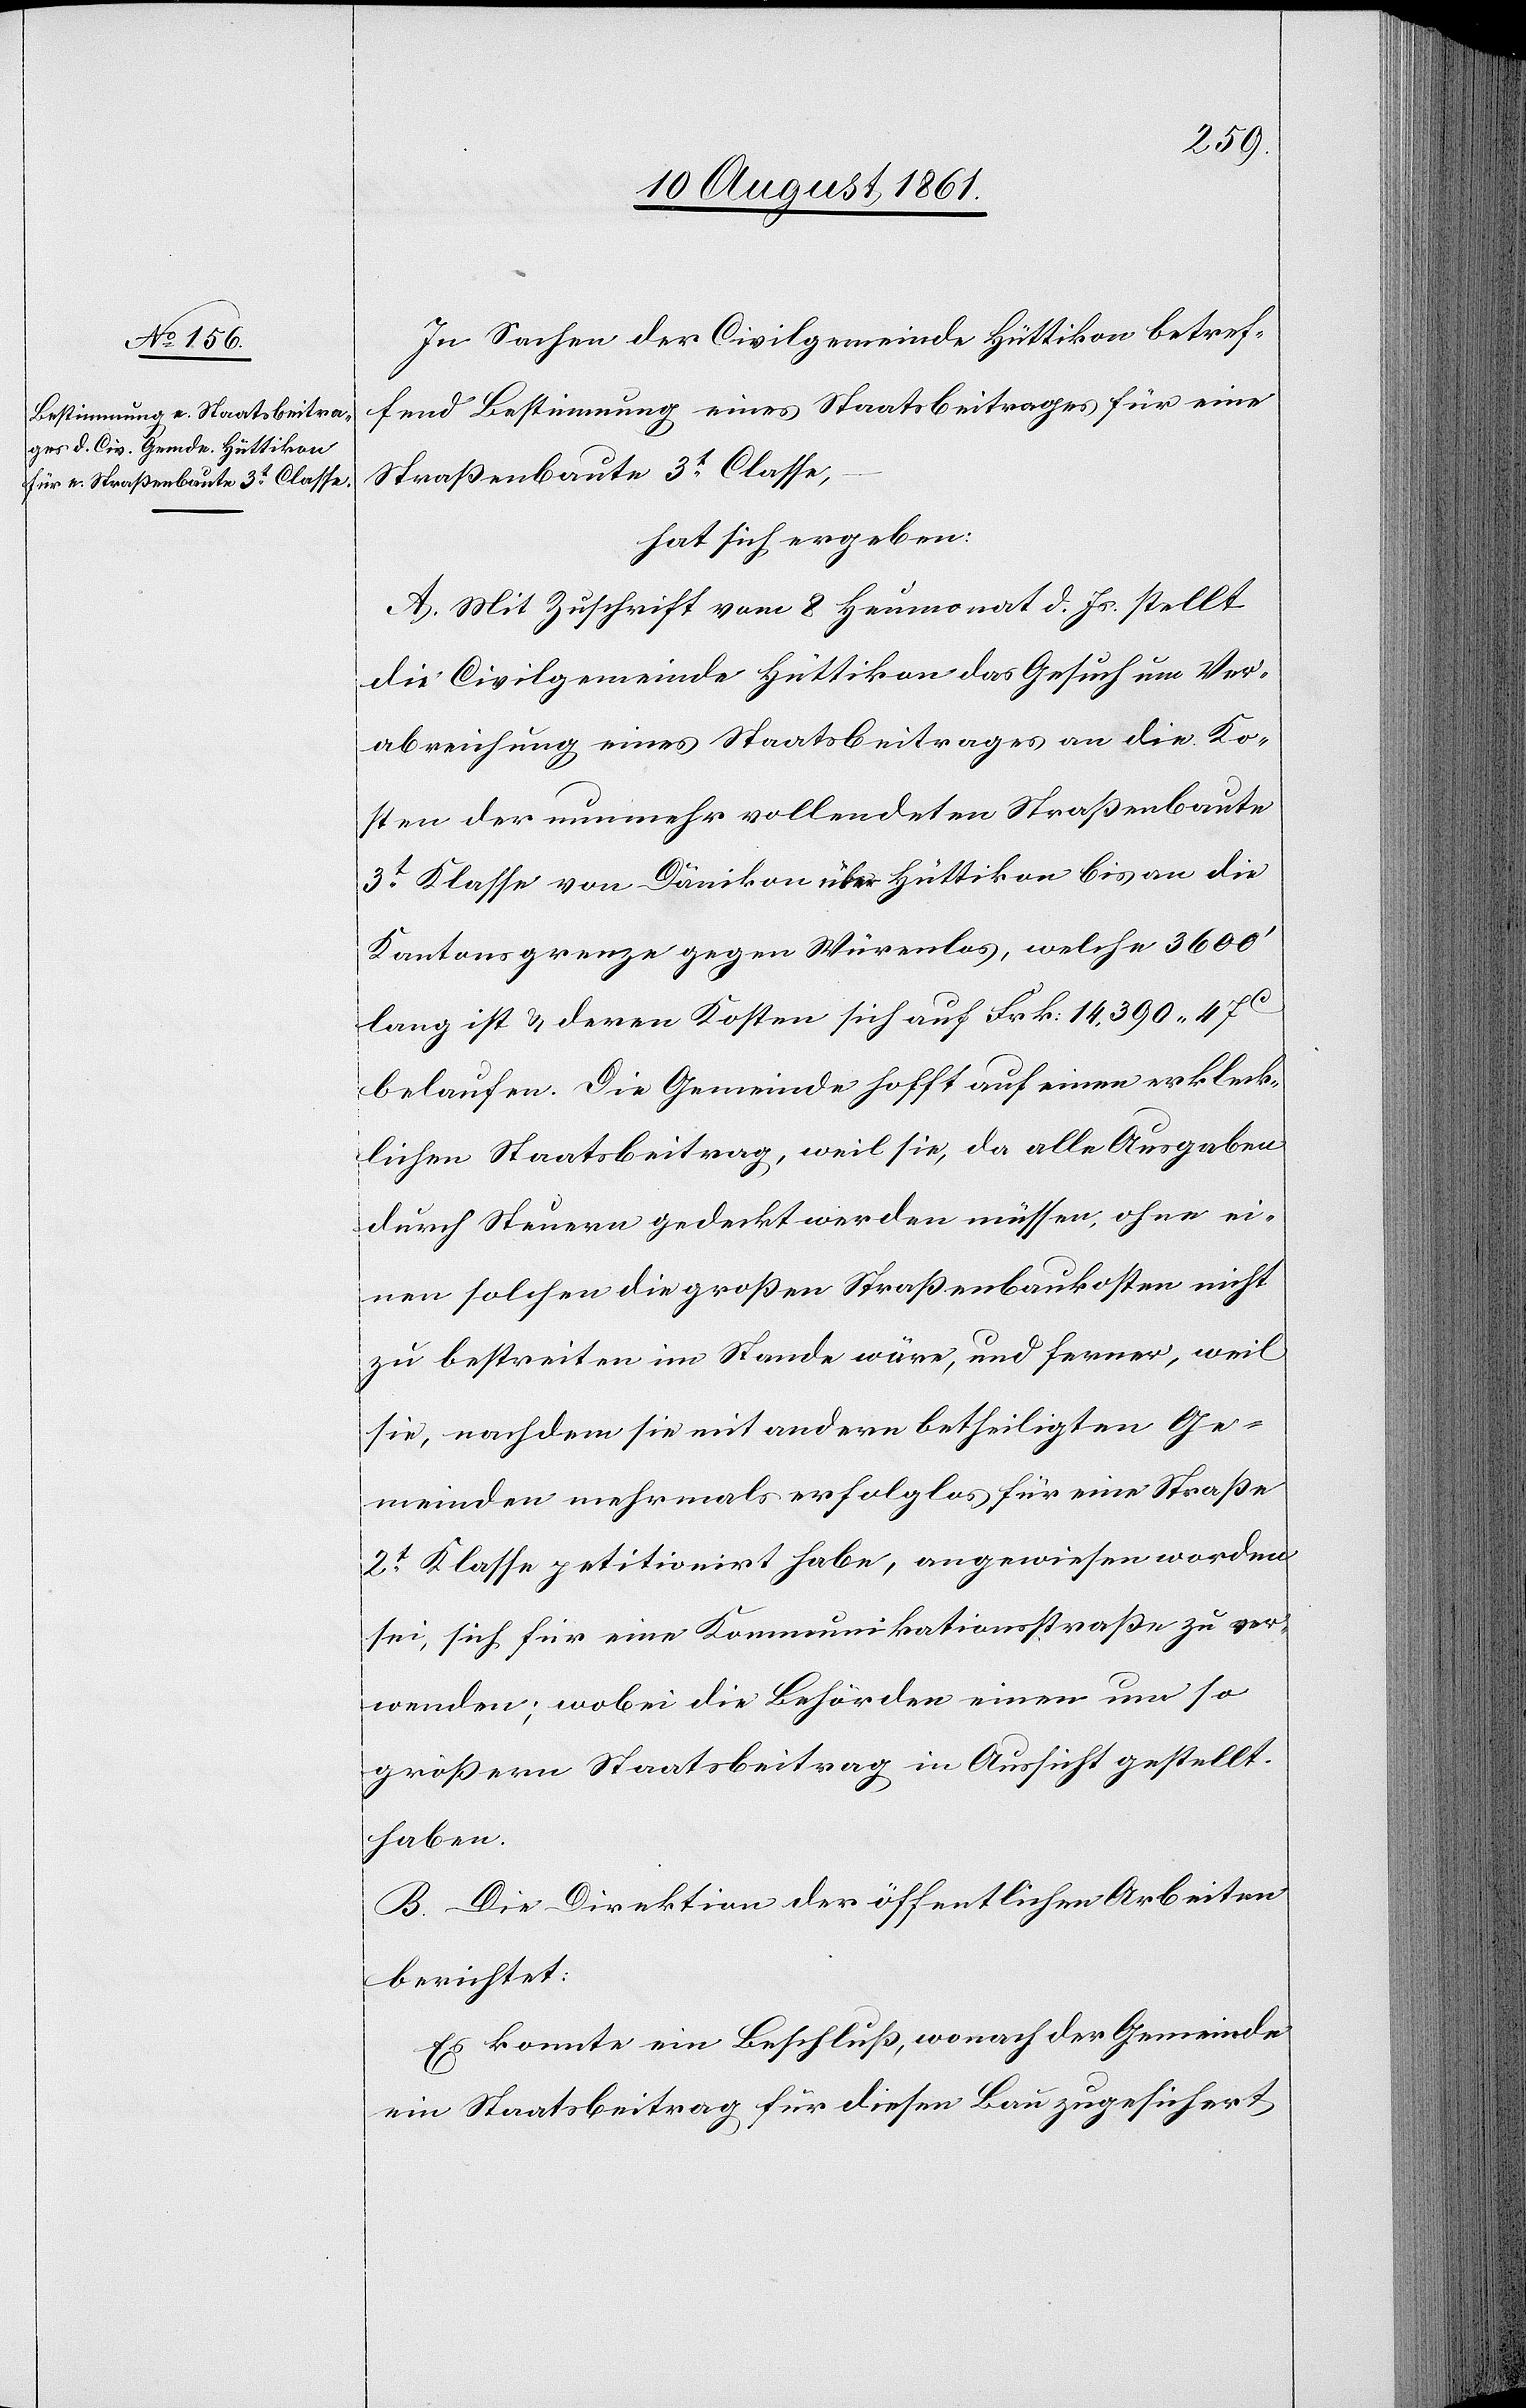
In Sachen der Civilgemeinde Hüttikon betref¬
fend Bestimmung eines Staatsbeitrages für eine
Straßenbaute 3t Classe,
hat sich ergeben:
A. Mit Zuschrift vom 8 Heumonat d. Js. stellt
die Civilgemeinde Hüttikon das Gesuch um Ver¬
abreichung eines Staatsbeitrages an die Ko¬
sten der nunmehr vollendeten Straßenbaute
3t Klasse von Dänikon über Hüttikon bis an die
Kantonsgrenze gegen Würenlos, welche 3600’
lang ist u. deren Kosten sich auf Frk. 14,390.47c
belaufen. Die Gemeinde hofft auf einen erkleck¬
lichen Staatsbeitrag, weil sie, da alle Ausgaben
durch Steuern gedeckt werden müssen, ohne ei¬
nen solchen die großen Straßenbaukosten nicht
zu bestreiten im Stande wäre, und ferner, weil
sie, nachdem sie mit andern betheiligten Ge¬
meinden mehrmals erfolglos für eine Straße
2t Klasse petitionirt habe, angewiesen worden
sei, sich für eine Kommunikationsstraße zu ver¬
wenden; wobei die Behörden einen um so
größern Staatsbeitrag in Aussicht gestellt
haben.
B. Die Direktion der öffentlichen Arbeiten
berichtet:
Es konnte ein Beschluß, wonach der Gemeinde
ein Staatsbeitrag für diesen Bau zugesichert